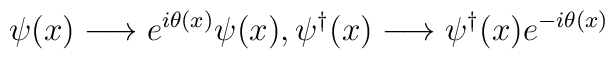
\psi(x)\longrightarrow e^{i\theta(x)}\psi(x),\psi^{\dag}(x)\longrightarrow \psi^{\dag}(x)e^{-i\theta(x)}